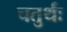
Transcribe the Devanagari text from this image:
चतुर्थः